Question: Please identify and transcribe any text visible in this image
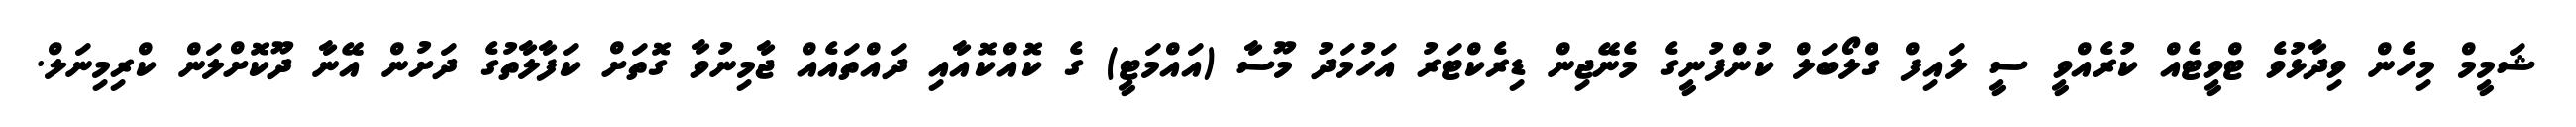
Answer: ޝަމީމް މިހެން ވިދާޅުވެ ޓްވީޓެއް ކުރެއްވީ ސީ ލައިފް ގްލޯބަލް ކުންފުނީގެ މެނޭޖިން ޑިރެކްޓަރު އަހުމަދު މޫސާ (އައްމަޓީ) ގެ ކޮއްކޮއާއި ދައްތައެއް ޖާމިނުވާ ގޮތަށް ކަފާލާތުގެ ދަށުން އޭނާ ދޫކޮށްލަން ކްރިމިނަލް.